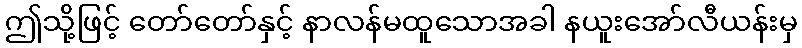
ဤသို့ဖြင့် တော်တော်နှင့် နာလန်မထူသောအခါ နယူးအော်လီယန်းမှ